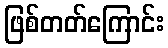
ဖြစ်တတ်ကြောင်း